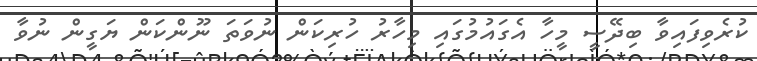
ކުރެވިފައިވާ ބިދޭސީ މީހާ އެގައުމުގައި މިހާރު ހުރިކަން ނުވަތަ ނޫންކަން ޔަގީން ނުވާ